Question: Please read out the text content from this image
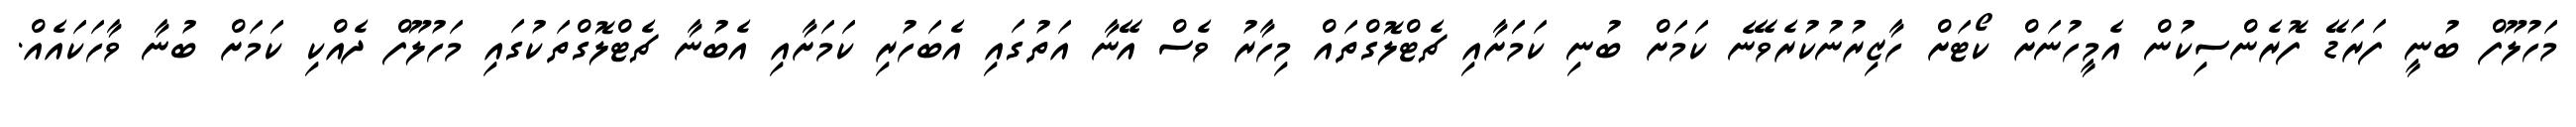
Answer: މަހުލޫފް ބުނީ ފަރަޑޭ ފޮރެންސިކުން އެމީހުނަށް ކޯޓަށް ހާޒިރުނުކުރެވޭނެ ކަމަށް ބުނި ކަމަަށާއި ޗެޓްލޮގްތައް މިހާރު ވެސް އޭނާ އަތުގައި އެބަހުރި ކަމަށާއި އެބުނާ ޗެޓްލޮގްތަކުގައި މަހުލޫފް ދެއްކި ކަމަށް ބުނާ ވާހަކައެއް.